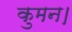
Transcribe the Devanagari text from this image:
कुमन।